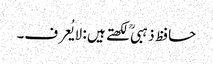
حافظ ذہبی ؒ لکھتے ہیں : لایُعرف۔